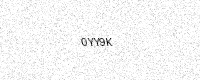
Text: 0YY9K